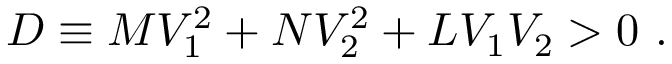
{ \cal D } \equiv M V _ { 1 } ^ { 2 } + N V _ { 2 } ^ { 2 } + L V _ { 1 } V _ { 2 } > 0 \ .